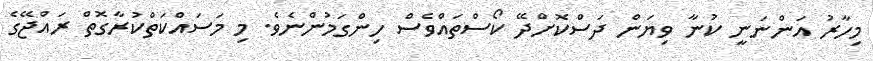
މިހާރު އަންނަނީ ކުނާ ވިޔަން ދަސްކޮށްދޭ ކޯސްތައްވެސް ހިންގަމުންނެވެ. މި މަސައްކަތްކުރާގޮތް ރައްޖޭގެ